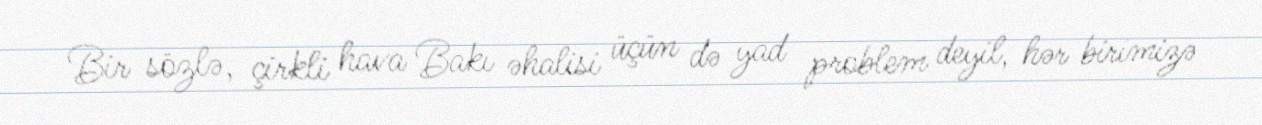
Bir sözlə, çirkli hava Bakı əhalisi üçün də yad problem deyil, hər birimizə